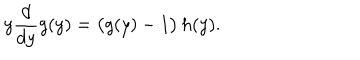
LaTeX: y \frac { d } { d y } g ( y ) = \bigl ( g ( y ) - 1 \bigr ) \, h ( y ) .